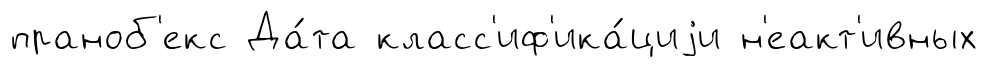
праноб'екс Да́та класс'иф'ика́циjи н'еакт'ивных